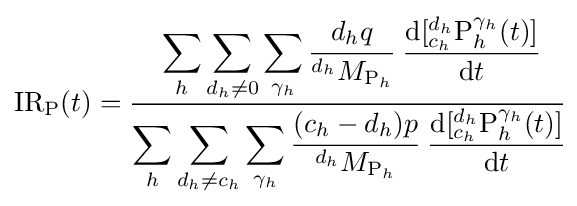
{\mathrm {IR} }_{\mathrm {P} }(t)={\cfrac {\displaystyle \sum _{h}\sum _{d_{h}\neq 0}\sum _{\gamma _{h}}{\cfrac {d_{h}q}{^{d_{h}}M_{{\ce {P}}_{h}}}}\ {\cfrac {{\mathrm {d} }[{^{d_{h}}_{c_{h}}}{\ce {P}}_{h}^{\gamma _{h}}(t)]}{{\mathrm {d} }t}}}{\displaystyle \sum _{h}\sum _{d_{h}\neq c_{h}}\sum _{\gamma _{h}}{\cfrac {(c_{h}-d_{h})p}{^{d_{h}}M_{{\ce {P}}_{h}}}}\ {\cfrac {{\mathrm {d} }[{^{d_{h}}_{c_{h}}}{\ce {P}}_{h}^{\gamma _{h}}(t)]}{{\mathrm {d} }t}}}}